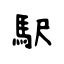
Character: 駅